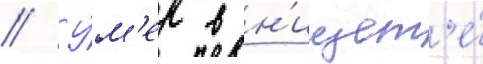
// У́м'ер в н'ищет'е́